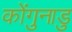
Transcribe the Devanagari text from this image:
कोंगुनाडु